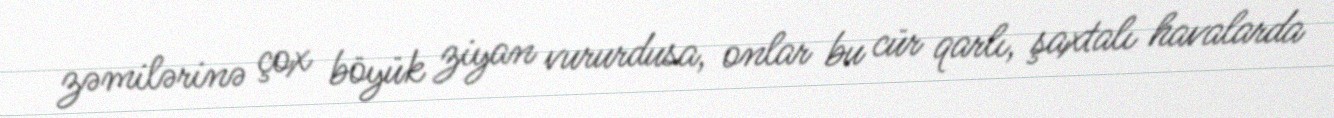
zəmilərinə çox böyük ziyan vururdusa, onlar bu cür qarlı, şaxtalı havalarda